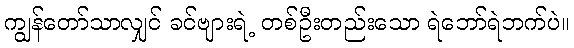
ကျွန်တော်သာလျှင် ခင်ဗျားရဲ့ တစ်ဦးတည်းသော ရဲဘော်ရဲဘက်ပဲ။